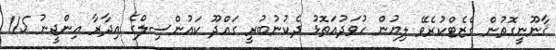
ޤާނޫނީގޮތުން ގެޒެޓްކުރެވޭ ލިޔުން ހުވަދުއަތޮޅު ދެކުނުބުރީ ގައްދޫ ކައުންސިލްގެ އިދާރާ އިންޖީނު 115